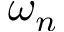
\omega _ { n }